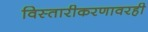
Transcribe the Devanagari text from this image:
विस्तारीकरणावरही